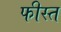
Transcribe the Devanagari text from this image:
फीस्त